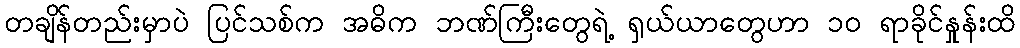
တချိန်တည်းမှာပဲ ပြင်သစ်က အဓိက ဘဏ်ကြီးတွေရဲ့ ရှယ်ယာတွေဟာ ၁၀ ရာခိုင်နှုန်းထိ